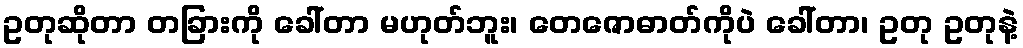
ဥတုဆိုတာ တခြားကို ခေါ်တာ မဟုတ်ဘူး၊ တေဇောဓာတ်ကိုပဲ ခေါ်တာ၊ ဥတု ဥတုနဲ့